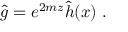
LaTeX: \hat { g } = e ^ { 2 m z } \hat { h } ( x ) \; .